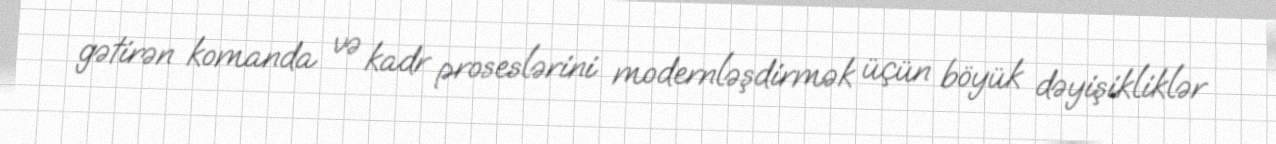
gətirən komanda və kadr proseslərini modernləşdirmək üçün böyük dəyişikliklər